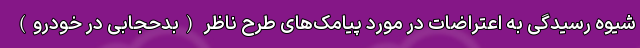
شیوه رسیدگی به اعتراضات در مورد پیامک‌های طرح ناظر (بدحجابی در خودرو)